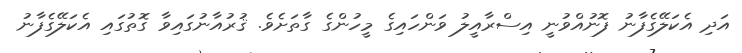
އަދި އެކަލޭގެފާނު ފޮނުއްވުނީ އިސްރާއީލު ވަންހައިގެ މީހުންގެ ގާތަށެވެ. ޤުރުއާނުގައިވާ ގޮތުގައި އެކަލޭގެފާނު